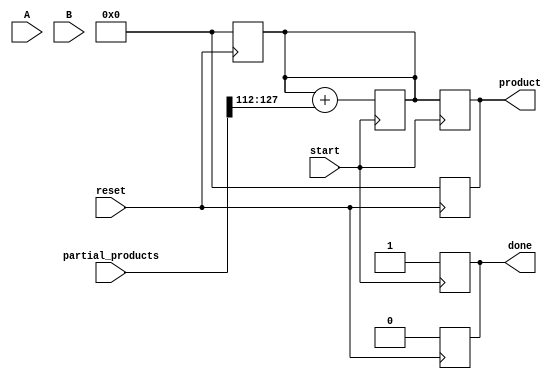
module PartialProductAccumulator #(
    parameter N = 8,  // Number of bits for multiplicand (A)
    parameter M = 8   // Number of bits for multiplier (B)
)(
    input wire [N-1:0] A,                            // Multiplicand
    input wire [M-1:0] B,                            // Multiplier
    input wire [(N + M)*M - 1:0] partial_products,   // Partial products input (array/bus)
    input wire start,                                 // Start signal
    input wire reset,                                 // Asynchronous reset
    output reg [N + M - 1:0] product,                // Final accumulated product output
    output reg done                                   // Done signal
);

    reg [N + M - 1:0] accumulator;                    // Accumulator for summing partial products
    integer i;                                        // Loop index for partial products

    // Asynchronous reset
    always @(posedge reset) begin
        accumulator <= 0;
        product <= 0;
        done <= 0;
    end

    // Sequential process to accumulate partial products
    always @(posedge start) begin
        done <= 0; // Reset done signal
        accumulator <= 0; // Clear accumulator

        // Loop through the partial products
        for (i = 0; i < M; i = i + 1) begin
            // Each partial product is obtained from the input array
            accumulator <= accumulator + partial_products[(i * (N + M)) +: (N + M)];
        end

        // After accumulation, set product and done signal
        product <= accumulator;
        done <= 1; // Signal completion
    end

endmodule